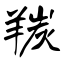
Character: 羰